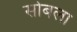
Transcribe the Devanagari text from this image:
सोबला